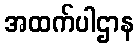
အထက်ပါဌာန